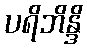
ပရိဘိန္ဒိ